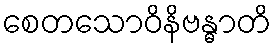
စေတသောဝိနိဗန္ဓာတိ